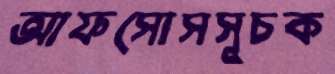
আফসোসসূচক